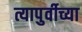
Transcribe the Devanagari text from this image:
त्यापुर्वीच्या